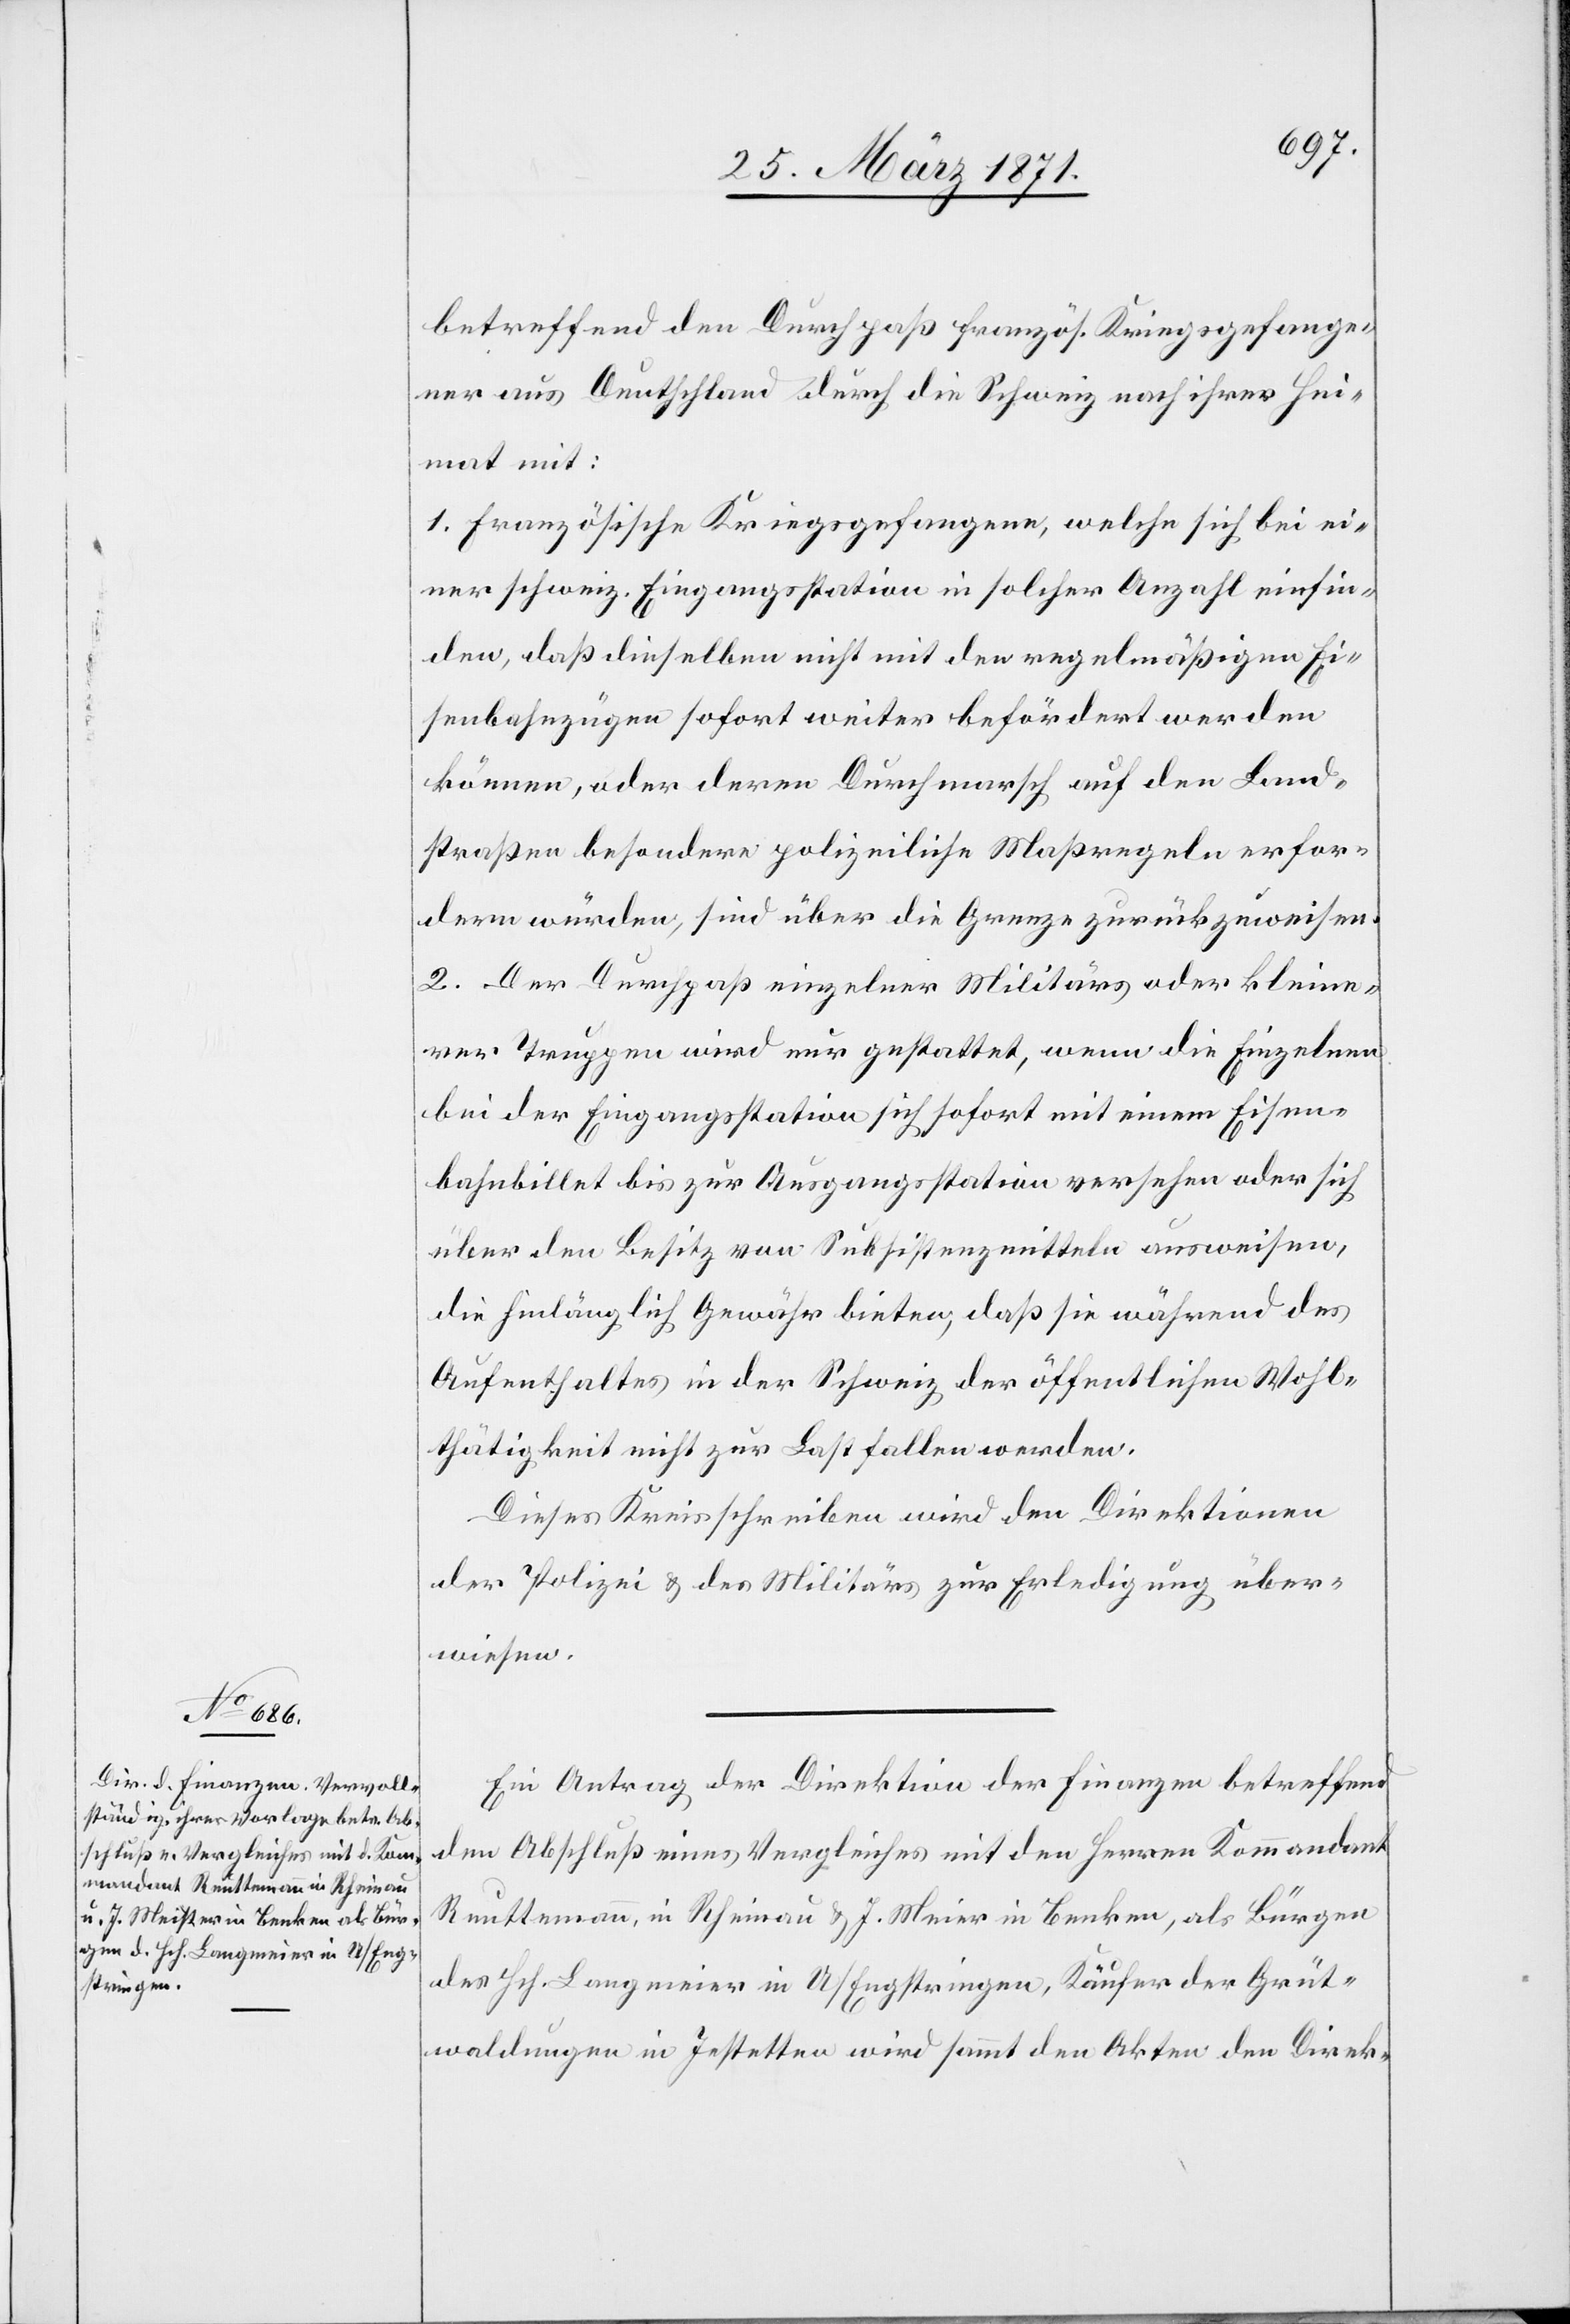
betreffend den Durchpaß französ. Kriegsgefange¬
ner aus Deutschland durch die Schweiz nach ihrer Hei¬
mat mit:
1. Französische Kriegsgefangene, welche sich bei ei¬
ner schweiz. Eingangsstation in solcher Anzahl einfin¬
den, daß dieselben nicht mit den regelmäßigen Ei¬
senbahnzügen sofort weiter befördert werden
können, oder deren Durchmarsch auf den Land¬
straßen besondere polizeiliche Maßregeln erfor¬
dern würden, sind über die Grenze zurückzuweisen.
2. Der Durchpaß einzelner Militärs oder kleine¬
rer Truppen wird nur gestattet, wenn die Einzelnen
bei der Eingangsstation sich sofort mit einem Eisen¬
bahnbillet bis zur Ausgangsstation versehen oder sich
über den Besitz von Subsistenzmitteln ausweisen,
die hinlänglich Gewähr bieten, daß sie während des
Aufenthaltes in der Schweiz der öffentlichen Wohl¬
thätigkeit nicht zur Last fallen werden.
Dieses Kreisschreiben wird en Direktion
der Polizei u. des Militärs zur Erledigung über¬
wiesen.
Ein Antrag der Direktion der Finanzen betreffend
den Abschluß eines Vergleiches mit den Herren Kommandant
Reuttemann, in Rheinau u. J. Meier in Benken, als Bürger
des Hch. Langmeier in U/Engstringen, Käufer der Grüt¬
waldungen in Jestetten wird sammt den Akten den Direk-